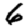
Digit: 6